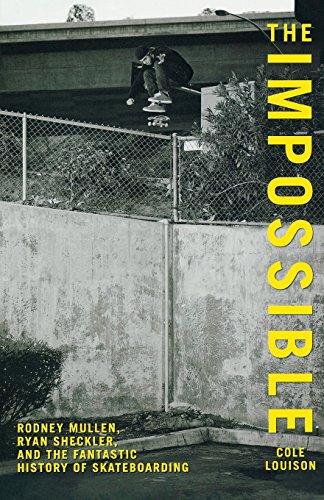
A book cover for Impossible: Rodney Mullen, Ryan Sheckler, And The Fantastic History Of Skateboarding; Cole Louison; Sports & Outdoors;